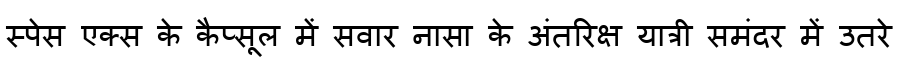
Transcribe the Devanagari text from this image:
स्पेस एक्स के कैप्सूल में सवार नासा के अंतरिक्ष यात्री समंदर में उतरे